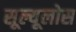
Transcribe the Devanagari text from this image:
सूल्यूलोस